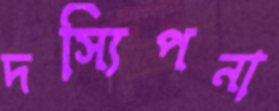
দস্যিপনা